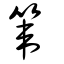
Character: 𥯤